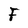
Character: F